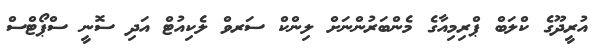
އުރީދޫގެ ކްލަބް ޕްރިމިއާގެ މެންބަރުންނަށް ލިންކް ސަރވް ލެކިއުޓް އަދި ސޮނީ ސްޕޯޓްސް